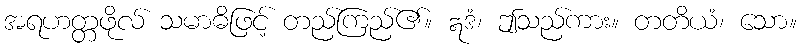
အရဟတ္တဖိုလ် သမာဓိဖြင့် တည်ကြည်၏။ ဣဒံ၊ ဤသည်ကား။ တတိယံ၊ သော။